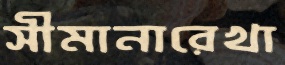
সীমানারেখা